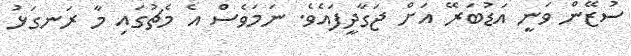
ސުޒޭން ވަނީ އަޑުބަރޭ އަށް ޖަގާދީފައެވެ. ނަމަވެސް އެ މެޗުގައި މާ ރަނގަޅު